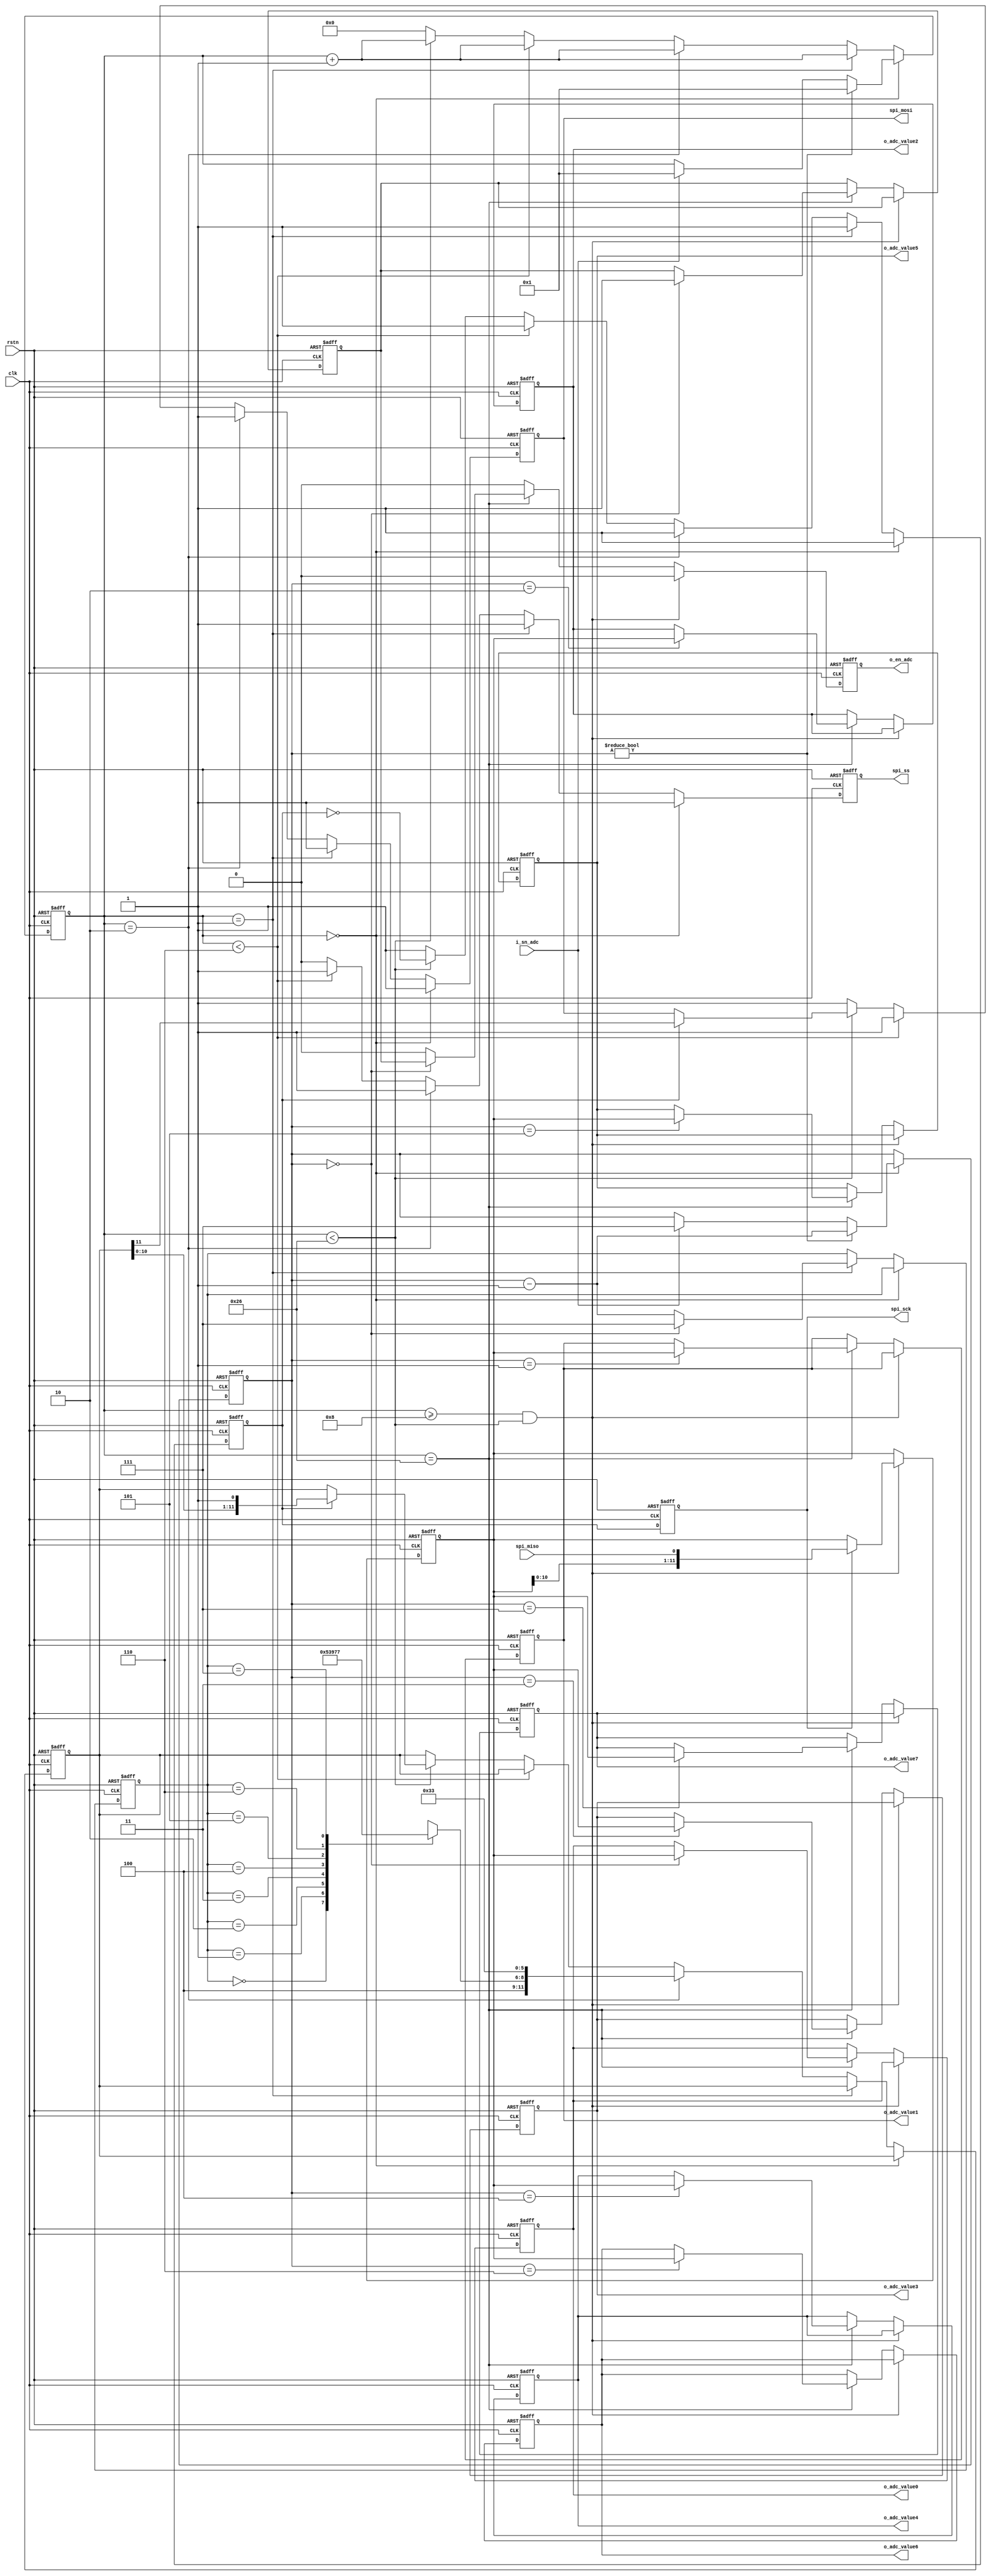

//--------------------------------------------------------------------------------------------------------
// : adc_ad7928
// Type    : synthesizable
// Standard: Verilog 2001 (IEEE1364-2001)
//  SPI  ADC7928 (ADC)  ADC 
// 
// 
//--------------------------------------------------------------------------------------------------------

module adc_ad7928 #(
    parameter [2:0] CH_CNT = 3'd7,  //  ADC  CH_CNT+1 CH_CNT=0 CH0  CH_CNT=2 CH0,CH1,CH2  CH_CNT=7 CH0,CH1,CH2,CH3,CH4,CH5,CH6,CH7ADC sn_adc  en_adc 
    parameter [2:0] CH0 = 3'd0,     //  CH0  AD7928 
    parameter [2:0] CH1 = 3'd1,     //  CH1  AD7928 
    parameter [2:0] CH2 = 3'd2,     //  CH2  AD7928 
    parameter [2:0] CH3 = 3'd3,     //  CH3  AD7928 
    parameter [2:0] CH4 = 3'd4,     //  CH4  AD7928 
    parameter [2:0] CH5 = 3'd5,     //  CH5  AD7928 
    parameter [2:0] CH6 = 3'd6,     //  CH6  AD7928 
    parameter [2:0] CH7 = 3'd7      //  CH7  AD7928 
) (
    input  wire        rstn,
    input  wire        clk,
    // -------------------- SPI  AD7928    ---------------------------------------------------------------
    output reg         spi_ss,      // SPI SS
    output reg         spi_sck,     // SPI SCK
    output reg         spi_mosi,    // SPI MOSI
    input  wire        spi_miso,    // SPI MISO
    // --------------------   ------------------------------------------------------------------------------------
    input  wire        i_sn_adc,    // ADC  i_sn_adc ADC
    output reg         o_en_adc,    // ADC o_en_adc 
    output wire [11:0] o_adc_value0,//  o_en_adc CH0  ADC 
    output wire [11:0] o_adc_value1,//  o_en_adc CH1  ADC 
    output wire [11:0] o_adc_value2,//  o_en_adc CH2  ADC 
    output wire [11:0] o_adc_value3,//  o_en_adc CH3  ADC 
    output wire [11:0] o_adc_value4,//  o_en_adc CH4  ADC 
    output wire [11:0] o_adc_value5,//  o_en_adc CH5  ADC 
    output wire [11:0] o_adc_value6,//  o_en_adc CH6  ADC 
    output wire [11:0] o_adc_value7 //  o_en_adc CH7  ADC 
);

localparam WAIT_CNT = 8'd6;

wire [2:0] channels [0:7];
assign channels[0] = CH0;
assign channels[1] = CH1;
assign channels[2] = CH2;
assign channels[3] = CH3;
assign channels[4] = CH4;
assign channels[5] = CH5;
assign channels[6] = CH6;
assign channels[7] = CH7;

reg  [ 7:0] cnt;
reg  [ 2:0] idx;
reg  [ 2:0] addr;
reg  [11:0] wshift;
reg         nfirst;
reg  [11:0] data_in_latch;
reg         sck_pre;
reg  [11:0] ch_value [0:7];

assign o_adc_value0 = ch_value[0];
assign o_adc_value1 = ch_value[1];
assign o_adc_value2 = ch_value[2];
assign o_adc_value3 = ch_value[3];
assign o_adc_value4 = ch_value[4];
assign o_adc_value5 = ch_value[5];
assign o_adc_value6 = ch_value[6];
assign o_adc_value7 = ch_value[7];

always @ (posedge clk or negedge rstn)
    if(~rstn)
        spi_sck <= 1'b1;
    else
        spi_sck <= sck_pre;

always @ (posedge clk or negedge rstn)
    if(~rstn) begin
        cnt <= 0;
        idx <= 3'd7;
        addr <= 3'd0;
        wshift <= 12'hFFF;
        {spi_ss, sck_pre, spi_mosi} <= 3'b111;
    end else begin
        if(cnt==8'd0) begin
            {spi_ss, sck_pre, spi_mosi} <= 3'b111;
            if(idx != 3'd0) begin
                cnt <= 8'd1;
                idx <= idx - 3'd1;
            end else if(i_sn_adc) begin
                cnt <= 8'd1;
                idx <= CH_CNT;
            end
        end else if(cnt==8'd1) begin
            {spi_ss, sck_pre, spi_mosi} <= 3'b111;
            addr <= (idx == 3'd0) ? CH_CNT : idx - 3'd1;
            cnt <= cnt + 8'd1;
        end else if(cnt==8'd2) begin
            {spi_ss, sck_pre, spi_mosi} <= 3'b111;
            wshift <= {1'b1, 1'b0, 1'b0, channels[addr], 2'b11, 1'b0, 1'b0, 2'b11};
            cnt <= cnt + 8'd1;
        end else if(cnt<WAIT_CNT) begin
            {spi_ss, sck_pre, spi_mosi} <= 3'b111;
            cnt <= cnt + 8'd1;
        end else if(cnt<WAIT_CNT+8'd32) begin
            spi_ss <= 1'b0;
            sck_pre <= ~sck_pre;
            if(sck_pre)
                {spi_mosi,wshift} <= {wshift,1'b1};
            cnt <= cnt + 8'd1;
        end else begin
            spi_ss <= 1'b0;
            {sck_pre, spi_mosi} <= 2'b11;
            cnt <= 8'd0;
        end
    end


always @ (posedge clk or negedge rstn)
    if(~rstn) begin
        o_en_adc <= 1'b0;
        nfirst <= 1'b0;
        data_in_latch <= 12'd0;
        ch_value[0] <= 12'd0;
        ch_value[1] <= 12'd0;
        ch_value[2] <= 12'd0;
        ch_value[3] <= 12'd0;
        ch_value[4] <= 12'd0;
        ch_value[5] <= 12'd0;
        ch_value[6] <= 12'd0;
        ch_value[7] <= 12'd0;
    end else begin
        o_en_adc <= 1'b0;
        if(cnt>=WAIT_CNT+8'd2 && cnt<WAIT_CNT+8'd32) begin
            if(spi_sck)
                data_in_latch <= {data_in_latch[10:0], spi_miso};
        end else if(cnt==WAIT_CNT+8'd32) begin
            if(idx == 3'd0) begin
                nfirst <= 1'b1;
                o_en_adc <= nfirst;
            end
            ch_value[idx] <= data_in_latch;
        end
    end

endmodule